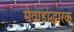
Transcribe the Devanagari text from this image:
मेवाड़ोद्धारक